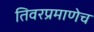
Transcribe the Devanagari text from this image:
तिवरप्रमाणेच